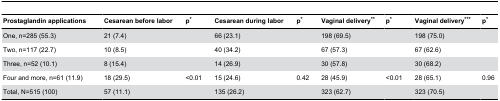
<table><thead><tr><td><b>Prostaglandin applications </b></td><td><b>Cesarean before labor</b></td><td><b>p*</b></td><td><b>Cesarean during labor</b></td><td><b>p*</b></td><td><b>Vaginal delivery**</b></td><td><b>p*</b></td><td><b>Vaginal delivery***</b></td><td><b>p*</b></td></tr></thead><tbody><tr><td>One, n=285 (55.3)</td><td>21 (7.4)</td><td></td><td>66 (23.1)</td><td></td><td>198 (69.5)</td><td></td><td>198 (75.0)</td><td></td></tr><tr><td>Two, n=117 (22.7)</td><td>10 (8.5)</td><td></td><td>40 (34.2)</td><td></td><td>67 (57.3)</td><td></td><td>67 (62.6)</td><td></td></tr><tr><td>Three, n=52 (10.1)</td><td>8 (15.4)</td><td></td><td>14 (26.9)</td><td></td><td>30 (57.8)</td><td></td><td>30 (68.2)</td><td></td></tr><tr><td>Four and more, n=61 (11.9)</td><td>18 (29.5)</td><td>&lt;0.01</td><td>15 (24.6)</td><td>0.42</td><td>28 (45.9)</td><td>&lt;0.01</td><td>28 (65.1)</td><td>0.96</td></tr><tr><td>Total, N=515 (100)</td><td>57 (11.1)</td><td></td><td>135 (26.2)</td><td></td><td>323 (62.7)</td><td></td><td>323 (70.5)</td><td></td></tr></tbody></table>